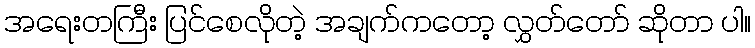
အရေးတကြီး ပြင်စေလိုတဲ့ အချက်ကတော့ လွှတ်တော် ဆိုတာ ပါ။